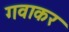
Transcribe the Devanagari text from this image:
गवाकर